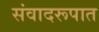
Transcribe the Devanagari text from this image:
संवादरूपात